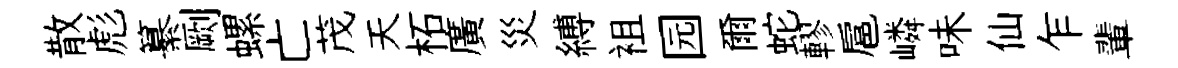
散彪纂劂螺亡茂天柘廣災縛袓园爾蛇轇扈嶙味仙乍輩